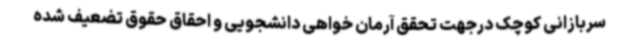
سربازانی کوچک درجهت تحقق آرمان خواهی دانشجویی و احقاق حقوق تضعیف شده